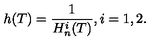
h ( T ) = \frac { 1 } { H _ { n } ^ { i } ( T ) } , i = 1 , 2 .